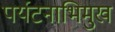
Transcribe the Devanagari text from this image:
पर्यटनाभिमुख